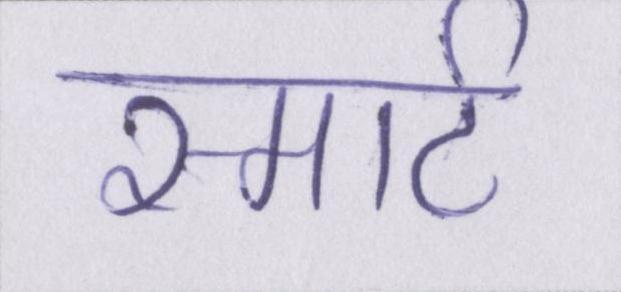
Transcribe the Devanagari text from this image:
स्मार्ट